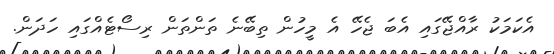
އެކަމަކު ރާއްޖޭގައި އެބަ ޖެހޭ އެ މީހުން ތިބޭނެ ތަންތަން ރިސޯޓެއްގައި ހަދަން.